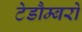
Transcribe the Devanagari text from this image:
टेडौम्बरो